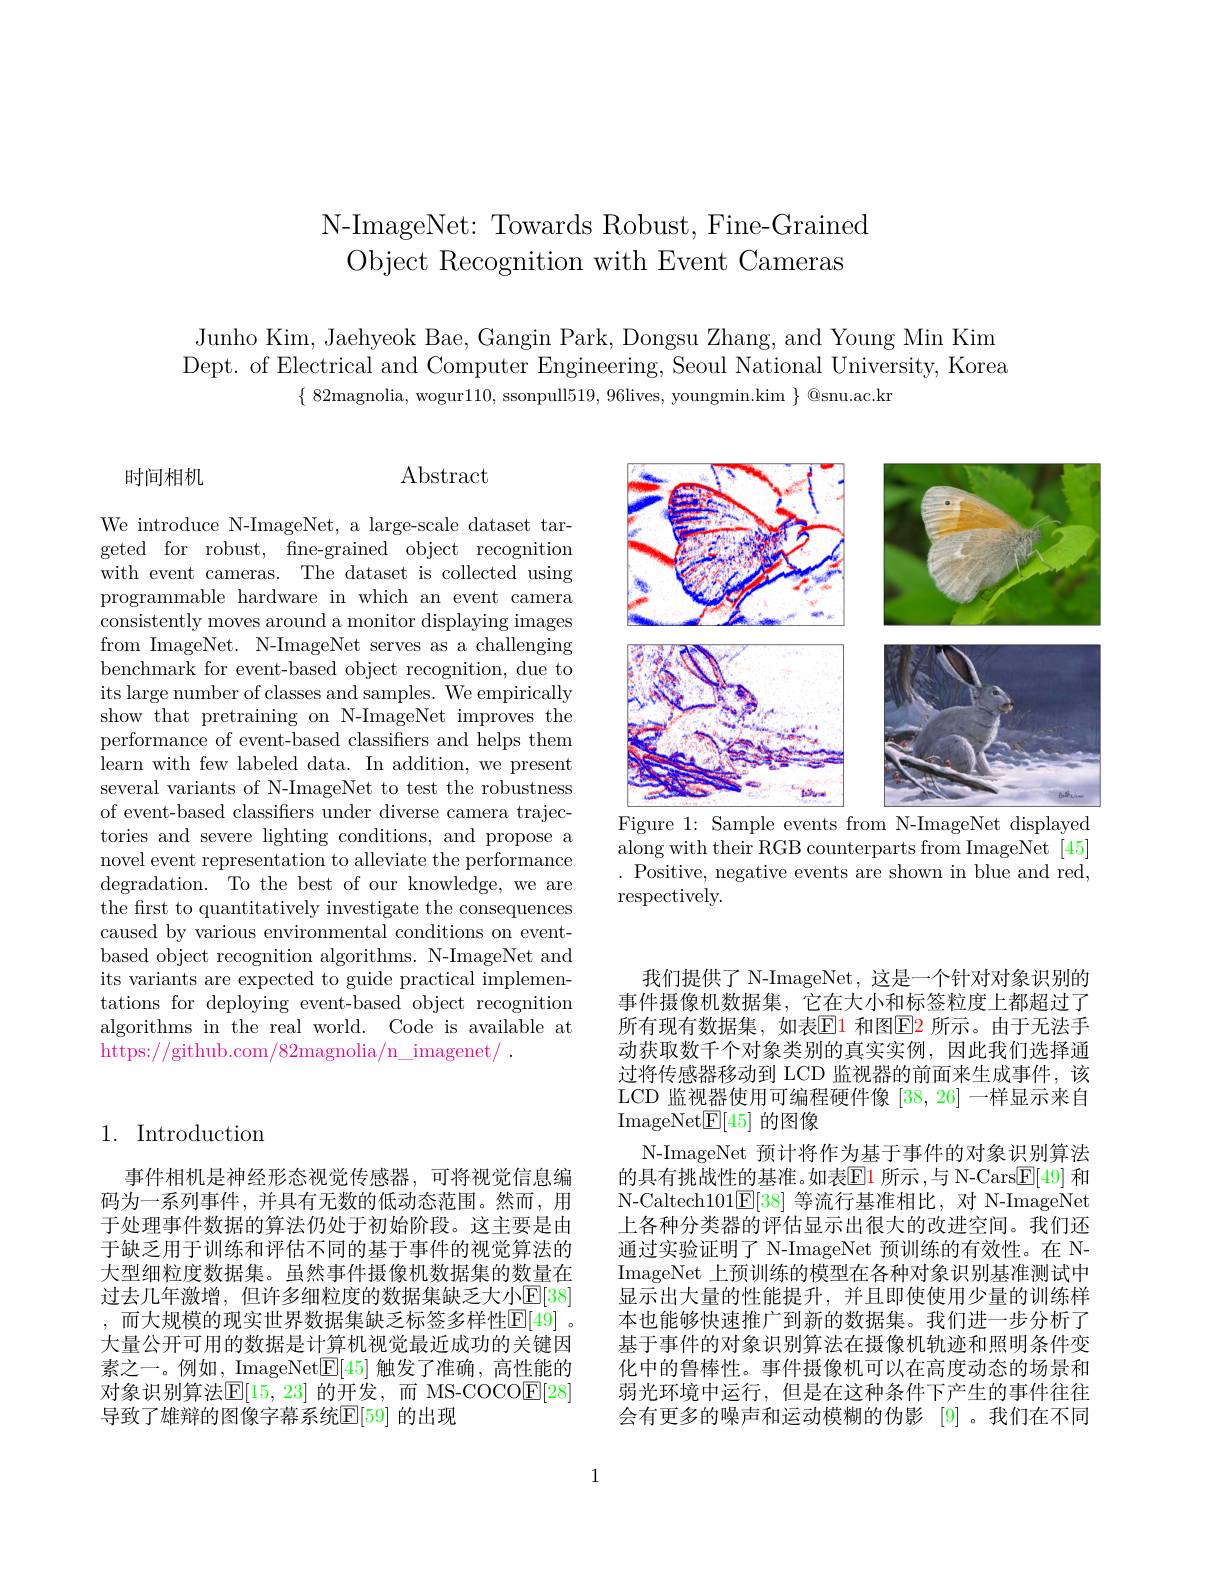
N-ImageNet: Towards Robust, Fine-Grained
Object Recognition with Event Cameras

Junho Kim, Jaehyeok Bae, Gangin Park, Dongsu Zhang, and Young Min Kim Dept. of Electrical and Computer Engineering, Seoul National University, Korea
$\{\begin{array}{c}82\text{magnolia, wogur}110,&\text{ssonpull519, 96lives, youngmin.kim }\end{array}\}$@snu.ac.kr

$\operatorname{Abstract}$

时间相机

<FigureHere>
Figure 1: Sample events from N-ImageNet displayed

We introduce N-ImageNet, a large-scale dataset targeted for robust, fine-grained object recognition with event cameras. The dataset is collected using programmable hardware in which an event camera consistently moves around a monitor displaying images from ImageNet. N-ImageNet serves as a challenging benchmark for event-based object recognition, due to its large number of classes and samples. We empirically show that pretraining on N-ImageNet improves the performance of event-based classifers and helps them ${\mathrm{~learn~with~few~labeled~data.~In~addition,~we~present}}$ several variants of N-ImageNet to test the robustness of event-based classifiers under diverse camera trajectories and severe lighting conditions, and propose a novel event representation to alleviate the performance degradation. To the best of our knowledge, we are the first to quantitatively investigate the consequences caused by various environmental conditions on eventbased object recognition algorithms. N-ImageNet and its variants are expected to guide practical implementations for deploying event-based object recognition algorithms in the real world. Code is available at https://github.com/82magnolia/n\_imagenet/ .

along with their RGB counterparts from ImageNet [45] .Positive, negative events are shown in blue and red, respectively.

## 1. Introduction

我们提供了 N-ImageNet, 这是一个针对对象识别的事件摄像机数据集，它在大小和标签粒度上都超过了所有现有数据集，如表$\boxed{\mathrm{F}}1$ 和图$\boxed{\mathrm{E}}2$ 所示。由于无法手动获取数千个对象类别的真实实例，因此我们选择通过将传感器移动到 LCD 监视器的前面来生成事件，该LCD 监视器使用可编程硬件像[38,26]一样显示来自ImageNet[45]的图像
N-ImageNet 预计将作为基于事件的对象识别算法的具有挑战性的基准。如表$\overline{\mathrm{E}}$1 所示 ,与 N-Cars$\underline{\mathrm{E}}[49]$ 和N-Caltech101$\mathbb{E}[38]$等流行基准相比，对 N-ImageNet 上各种分类器的评估显示出很大的改进空间。我们还通过实验证明了 N-ImageNet 预训练的有效性。在 NImageNet 上预训练的模型在各种对象识别基准测试中显示出大量的性能提升，并且即使使用少量的训练样本也能够快速推广到新的数据集。我们进一步分析了基于事件的对象识别算法在摄像机轨迹和照明条件变化中的鲁棒性。事件摄像机可以在高度动态的场景和弱光环境中运行，但是在这种条件下产生的事件往往会有更多的噪声和运动模糊的伪影 [9]。我们在不同

事件相机是神经形态视觉传感器，可将视觉信息编码为一系列事件，并具有无数的低动态范围。然而，用于处理事件数据的算法仍处于初始阶段。这主要是由于缺乏用于训练和评估不同的基于事件的视觉算法的大型细粒度数据集。虽然事件摄像机数据集的数量在过去几年激增，但许多细粒度的数据集缺乏大小$\mathbb{E}[38]$ ,而大规模的现实世界数据集缺乏标签多样性$\mathbb{E}[49]$ 大量公开可用的数据是计算机视觉最近成功的关键因素之一。例如，ImageNet$[\underline{\mathrm{E}}]$触发了准确，高性能的对象识别算法$\mathbb{E}[15,23]$ 的开发，而 MS-COCO$\mathbb{E}[28]$ 导致了雄辩的图像字幕系统$\mathbb{E}[59]$ 的出现

1